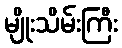
မျိုးသိမ်းကြီး